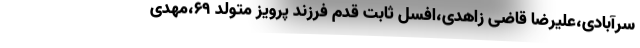
سرآبادی،علیرضا قاضی زاهدی،افسل ثابت قدم فرزند پرویز متولد ۶۹،مهدی